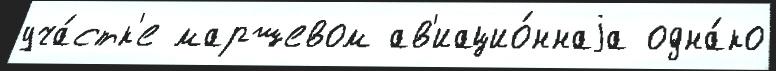
уча́стк'е маршевом ав'иацио́ннаjа одна́ко